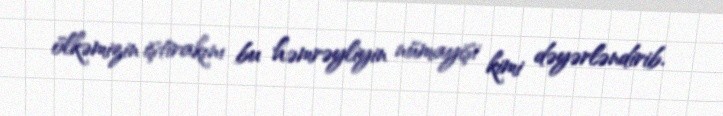
ölkəmizin iştirakını bu həmrəyliyin nümayişi kimi dəyərləndirib.